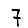
Digit: 7